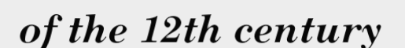
of the 12th century